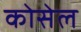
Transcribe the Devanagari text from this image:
कोसेल